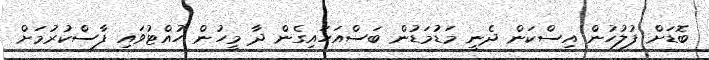
ބޮޑަށް ފުލުހުން އިސްކަން ދެނީ މަޑުމަޑުން ބަސްއަހައިގެން ދާ މީހުން ހުއްޓުވައި ފާސްކުރުމަށް